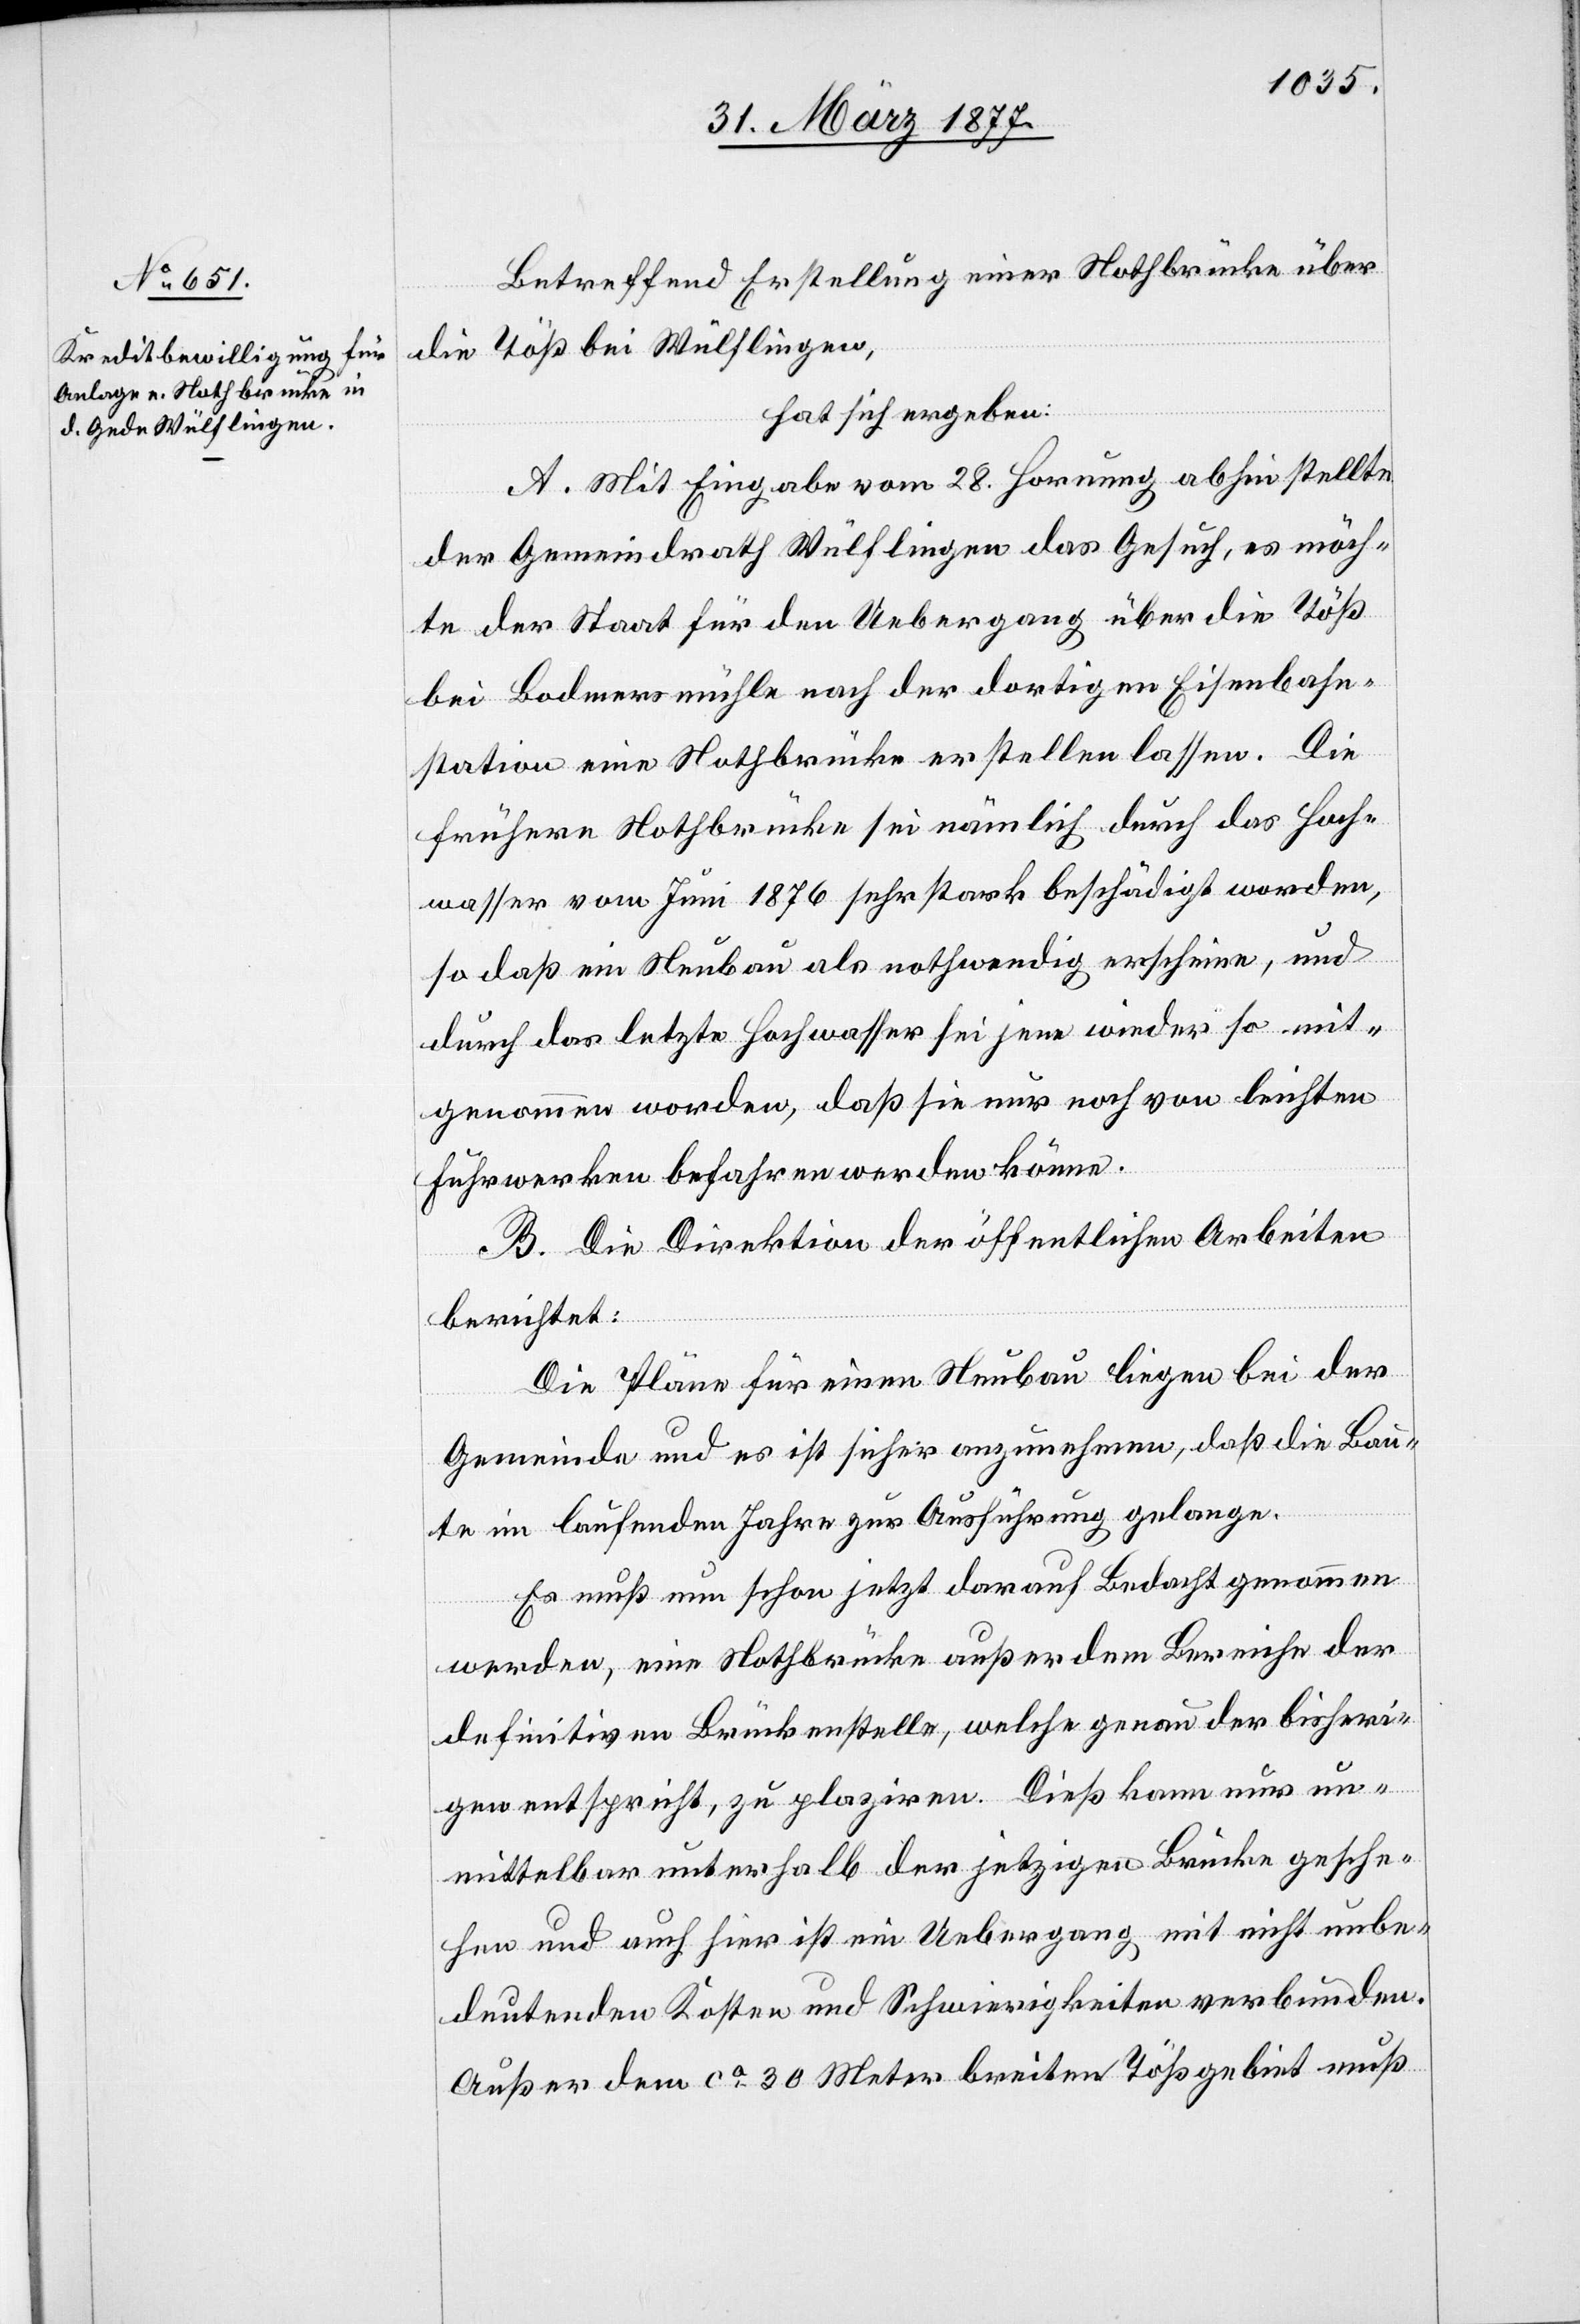
Betreffend Erstellung einer Nothbrücke über
die Töß bei Wülflingen,
hat sich ergeben:
A. Mit Eingabe vom 28. Hornung abhin stellte
der Gemeindrath Wülflingen das Gesuch, es möch¬
te der Staat für den Uebergang über die Töß
bei Bodmersmühle nach der dortigen Eisenbahn¬
station eine Nothbrücke erstellen lassen. Die
frühere Nothbrücke sei nämlich durch das Hoch¬
wasser vom Juni 1876 sehr stark beschädigt worden,
so daß ein Neubau als nothwendig erscheine, und
durch das letzte Hochwasser sei jene wieder so mit¬
genommen worden, daß sie nur noch von leichten
Fuhrwerken befahren werden könne.
B. Die Direktion der öffentlichen Arbeiten
berichtet:
Die Pläne für einen Neubau liegen bei der
Gemeinde und es ist sicher anzunehmen, daß die Bau¬
te im laufenden Jahre zur Ausführung gelange.
Es muß nun schon jetzt darauf Bedacht genommen
werden, eine Nothbrücke außer dem Bereiche der
definitiven Brückenstelle, welche genau der bisheri¬
gen entspricht, zu platziren. Dieß kann nur un¬
mittelbar unterhalb der jetzigen Brücke gesche¬
hen und auch hier ist ein Uebergang mit nicht unbe¬
deutenden Kosten und Schwierigkeiten verbunden.
Außer dem ca 30 Meter breiten Tößgebiet muß